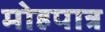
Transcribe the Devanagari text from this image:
मोहपात्र